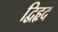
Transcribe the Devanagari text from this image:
द्विहृद